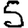
Digit: 5